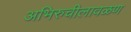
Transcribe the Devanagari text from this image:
अभिरुचीलावळण